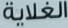
الغلاية